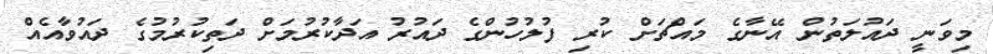
މިވަނީ ދައުލަތުން އޭނާގެ މައްޗަށް ކުރި ފުލުހުންގެ ދައުރު އަދާކުރުމަށް ދަތިކުރުމުގެ ދައުވާއެއް